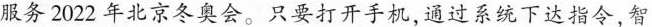
服务2022年北京冬奥会。只要打开手机,通过系统下达指令,智